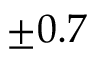
\pm 0 . 7